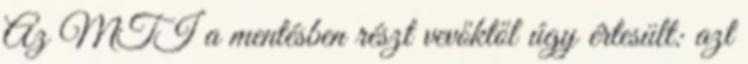
Az MTI a mentésben részt vevőktől úgy értesült: azt